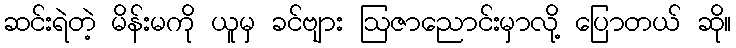
ဆင်းရဲတဲ့ မိန်းမကို ယူမှ ခင်ဗျား ဩဇာညောင်းမှာလို့ ပြောတယ် ဆို။